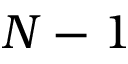
N - 1